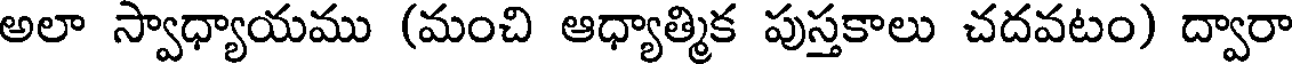
అలా స్వాధ్యాయము (మంచి ఆధ్యాత్మిక పుస్తకాలు చదవటం) ద్వారా